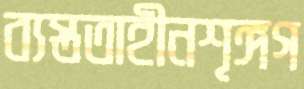
ব্যস্ততাহীনশৃঙ্গগ